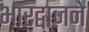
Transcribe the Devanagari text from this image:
भारद्वाजने